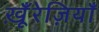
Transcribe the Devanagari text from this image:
खू़ँरेज़ियाँ